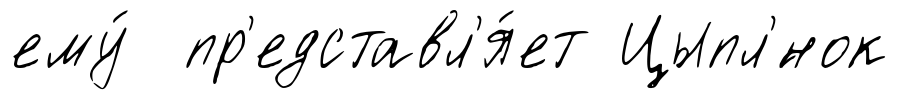
ему́ пр'едставл'я́ет Цыпл'́нок